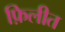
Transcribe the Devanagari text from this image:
फ़िलीत